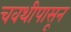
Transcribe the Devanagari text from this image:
चवथीपासून